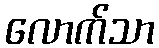
လောက်သာ